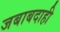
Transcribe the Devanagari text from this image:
जबाबदाही